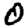
Digit: 0